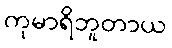
ကုမာရိဘူတာယ